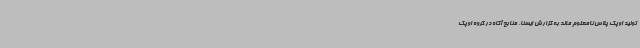
تولید اوپک پلاس نامعلوم ماند به گزارش ایسنا، منابع آگاه در گروه اوپک